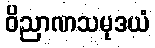
ဝိညာဏသမုဒယံ